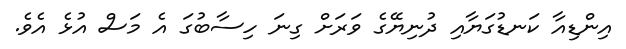
އިންޑިއާ ކަނޑުގަޔާއި ދުނިޔޭގެ ވަރަށް ގިނަ ހިސާބުގަ އެ މަސް އުޅެ އެވެ.